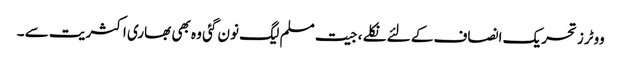
ووٹرز تحریک انصاف کے لئے نکلے ، جیت مسلم لیگ نون گئی وہ بھی بھاری اکثریت سے ۔